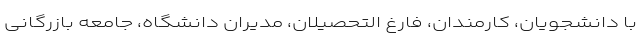
با دانشجویان، کارمندان، فارغ التحصیلان، مدیران دانشگاه، جامعه بازرگانی